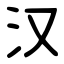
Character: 汉